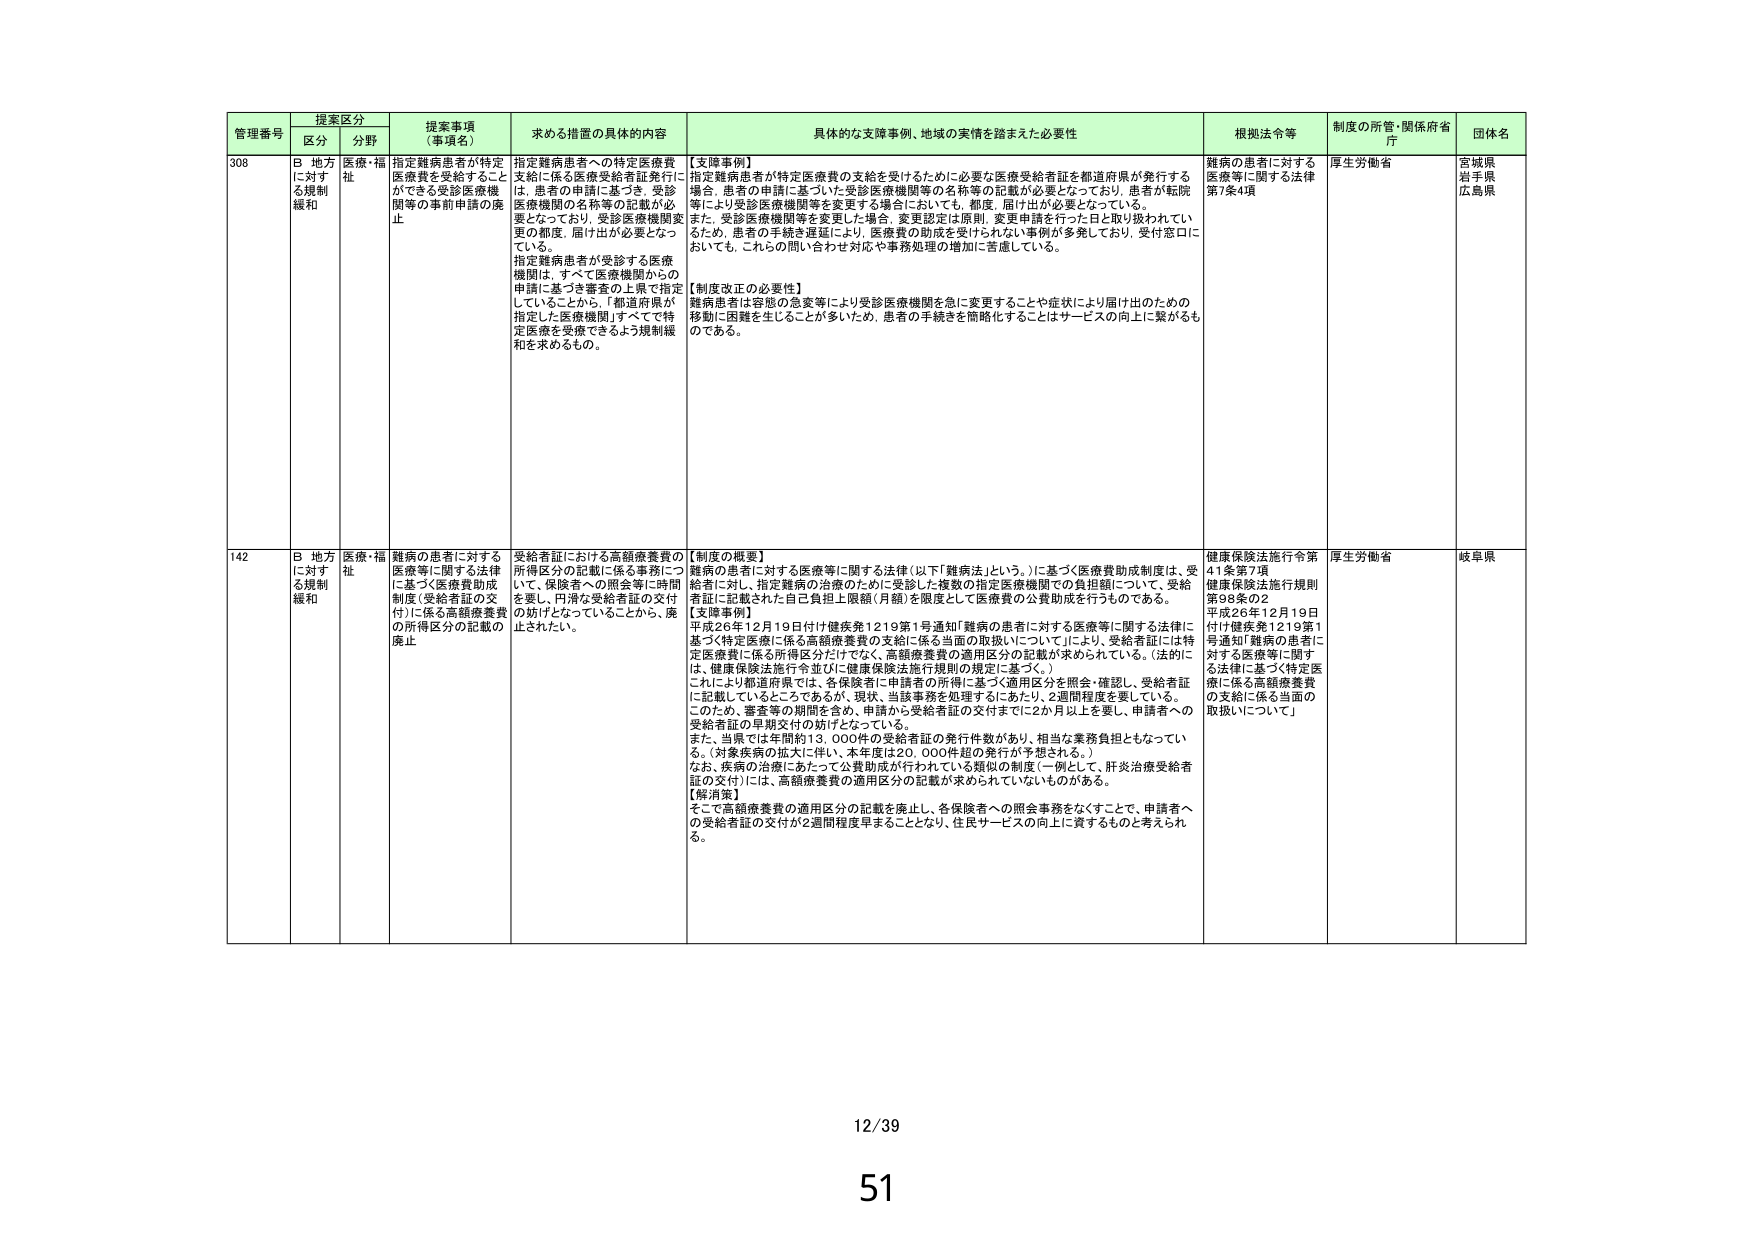
管理番号 提案区分 提案事項（事項名） 求める措置の具体的内容 具体的な支援事例、地域の実情を踏まえた必要性 根拠法令等 制度の所管・関係府省庁 団体名
区分 分野
308 B 地方に対する規制緩和 医療・福祉 指定難病患者が特定医療費を受給することができる受診医療機関等の事前申請の廃止 指定難病患者への特定医療費支給に係る医療受給者証発行には、患者の申請に基づき、受診医療機関の名称等の記載が必要となっており、受診医療機関等を変更する場合、届け出が必要となっている。指定難病患者が受診する医療機関は、すべて医療機関からの申請に基づき審査の上県で指定していることから、「都道府県が指定した医療機関」すべてで特定医療を受療できるよう規制緩和を求めるもの。 【支障事例】 指定難病患者が特定医療費の支給を受けるために必要な医療受給者証を都道府県が発行する場合、患者の申請に基づいた受診医療機関等の名称等の記載が必要となっており、患者が転院等により受診医療機関等を変更する場合においても、都度、届け出が必要となっている。また、受診医療機関等を変更した場合、変更認定は原則、変更申請を行った日より取り扱われているため、患者の手続き遅延により、医療費の助成を受けられない事例が多発しており、受付窓口においても、これらの問い合わせ対応や事務処理の増加に苦慮している。 【制度改正の必要性】 難病患者は容態の急変等により受診医療機関を急に変更することや症状により届け出のための移動に困難を生じることが多いため、患者の手続きを簡略化することはサービスの向上に繋がるものである。 難病の患者に対する医療等に関する法律第7条4項 厚生労働省 宮城県 岩手県 広島県
142 B 地方に対する規制緩和 医療・福祉 難病の患者に対する医療等に関する法律に基づく医療費助成制度（受給者証の交付）に係る高額療養費の所得区分の記載の廃止 受給者証における高額療養費の所得区分の記載に係る事務について、保険者への照会等に時間を要し、円滑な受給者証の交付の妨げとなっていることから、廃止されたい。 【制度の概要】 難病の患者に対する医療等に関する法律（以下「難病法」という。）に基づく医療費助成制度は、受給者に対し、指定難病の治療のために受診した複数の指定医療機関での負担額について、受給者証に記載された自己負担上限額（月額）を限度として医療費の公費助成を行うものである。 【支障事例】 平成26年12月19日付け健疾発1219第1号通知「難病の患者に対する医療等に関する法律に基づく特定医療に係る高額療養費の支給に係る当面の取扱いについて」により、受給者証には特定医療費に係る所得区分だけでなく、高額療養費の適用区分の記載が求められている。（法的には、健康保険法施行令並びに健康保険法施行規則の規定に基づく。） これにより都道府県では、各保険者に申請者の所得に基づく適用区分を照会・確認し、受給者証に記載しているところであるが、現状、当該事務を処理するにあたり、2週間程度を要している。このため、審査等の期間を含め、申請から受給者証の交付までに2か月以上を要し、申請者への受給者証の早期交付の妨げとなっている。 また、当県では年間約13,000件の受給者証の発行件数があり、相当な業務負担ともなっている。（対象疾病の拡大に伴い、本年度は20,000件超の発行が予想される。） なお、疾病の治療にあたって公費助成が行われている類似の制度（一例として、肝炎治療受給者証の交付）には、高額療養費の適用区分の記載が求められていないものがある。 【解消策】 そこで高額療養費の適用区分の記載を廃止し、各保険者への照会事務をなくすことで、申請者への受給者証の交付が2週間程度早まることとなり、住民サービスの向上に資するものと考えられる。 健康保険法施行令第41条第7項 健康保険法施行規則第98条の2 平成26年12月19日付け健疾発1219第1号通知「難病の患者に対する医療等に関する法律に基づく特定医療に係る高額療養費の支給に係る当面の取扱いについて」 厚生労働省 岐阜県
12/39
51